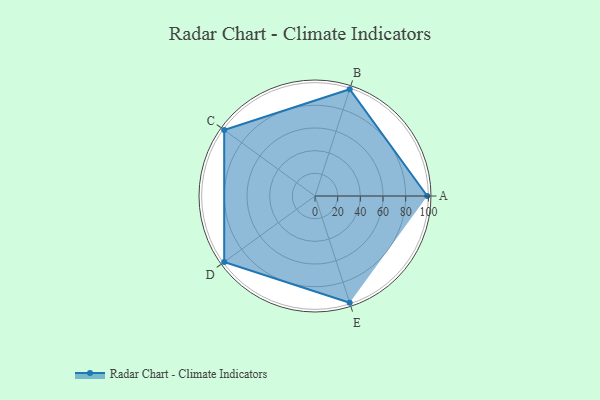
{"axis": {"x": "Skill", "y": "Score"}, "legend": ["Profile"], "data": [{"x": "A", "y": 99, "type": "Profile"}, {"x": "B", "y": 99, "type": "Profile"}, {"x": "C", "y": 99, "type": "Profile"}, {"x": "D", "y": 99, "type": "Profile"}, {"x": "E", "y": 99, "type": "Profile"}]}